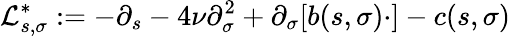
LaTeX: \mathcal{L}_{s,\sigma}^{*}:=-\partial_{s}-4\nu\partial_{\sigma}^{2}+\partial_{\sigma}[b(s,\sigma)\cdot]-c(s,\sigma)